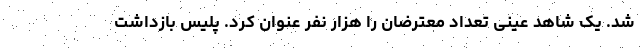
شد. یک شاهد عینی تعداد معترضان را هزار نفر عنوان کرد. پلیس بازداشت